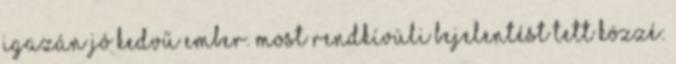
igazán jó kedvű ember. Most rendkívüli bejelentést tett közzé: